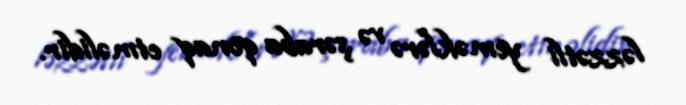
ləzzətli yeməklərə və şəraba qonaq etməlidir.